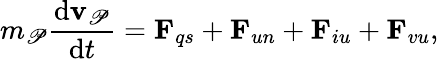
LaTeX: m_{\mathscr{P}}\frac{{\mathrm{{d}}\mathbf{{v}}_{\mathscr{P}}}}{{\mathrm{{d}}t}}=\mathbf{{F}}_{qs}+\mathbf{{F}}_{un}+\mathbf{{F}}_{iu}+\mathbf{{F}}_{vu},